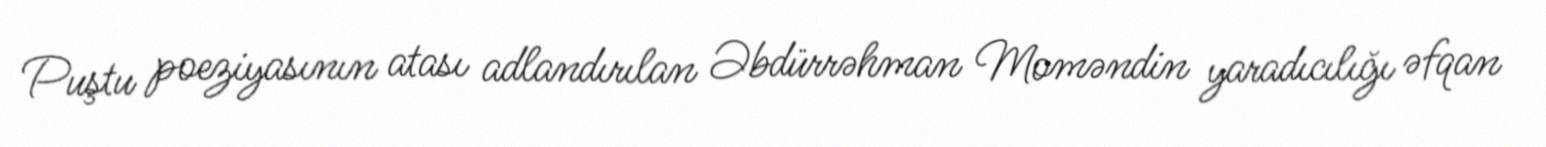
Puştu poeziyasının atası adlandırılan Əbdürrəhman Moməndin yaradıcılığı əfqan